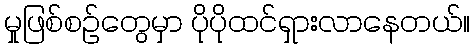
မှုဖြစ်စဉ်တွေမှာ ပိုပိုထင်ရှားလာနေတယ်။